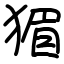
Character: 猸